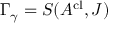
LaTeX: \Gamma _ { \gamma } = S ( A ^ { \mathrm { c l } } , J ) \;